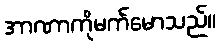
အာဏာကိုမက်မောသည်။